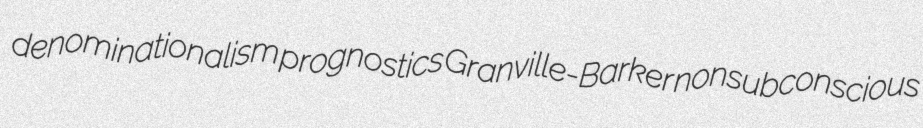
denominationalism prognostics Granville-Barker nonsubconscious